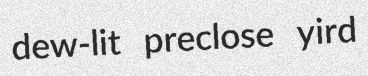
dew-lit preclose yird